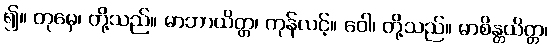
၍။ တုမှေ၊ တို့သည်။ မာဘာယိတ္တ၊ ကုန်လင့်။ ဝေါ၊ တို့သည်။ မာစိန္တယိတ္တ၊